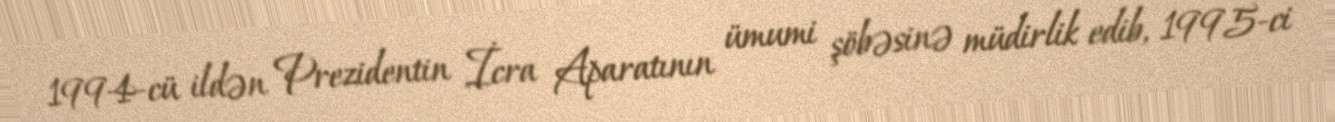
1994-cü ildən Prezidentin İcra Aparatının ümumi şöbəsinə müdirlik edib, 1995-ci